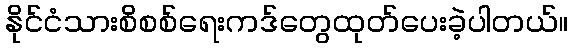
နိုင်ငံသားစိစစ်ရေးကဒ်တွေထုတ်ပေးခဲ့ပါတယ်။